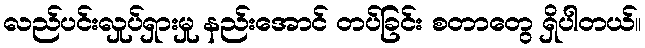
လည်ပင်းလှုပ်ရှားမှု နည်းအောင် တပ်ခြင်း စတာတွေ ရှိပါတယ်။